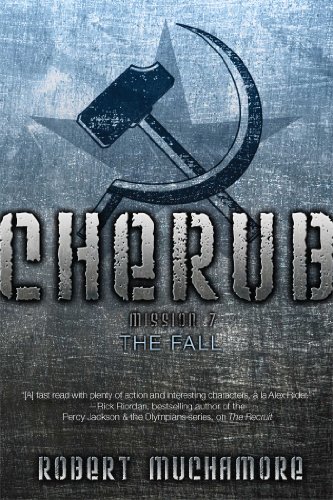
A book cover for The Fall (CHERUB); Robert Muchamore; Teen & Young Adult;